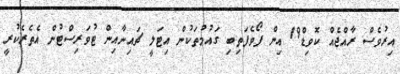
އިރުވެސް ރާއްޖެއް ކޮވިޑް19 އިން ފޯވެފަތިބި ގައުމުތަކުން އިޓަލީ ޗައިނާއިން ޓުވަރިސްޓުން އެތެރެކުރީ